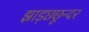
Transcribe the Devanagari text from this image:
झाड़छछून्दर